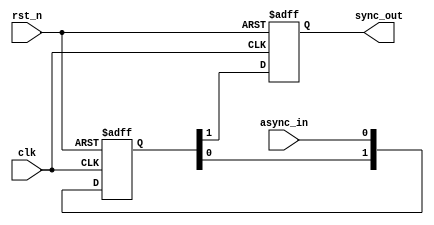
module async_to_sync_converter (
    input wire clk,           // Synchronous domain clock
    input wire rst_n,        // Active low reset
    input wire async_in,     // Asynchronous input signal
    output reg sync_out      // Synchronized output signal
);

// Internal signals for double-flop synchronization
reg [1:0] sync_ff; // Two flip-flops for synchronizing the async input

// Reset the synchronization register on reset
always @(posedge clk or negedge rst_n) begin
    if (!rst_n) begin
        sync_ff <= 2'b00;
        sync_out <= 1'b0; // Initialize the output to a known state
    end else begin
        // Sample the asynchronous input signal on clock edges
        sync_ff[0] <= async_in; // Sample the async signal
        sync_ff[1] <= sync_ff[0]; // Second flip-flop to reduce metastability
        sync_out <= sync_ff[1]; // Output is the stable version of async_in
    end
end

endmodule